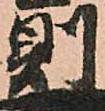
則